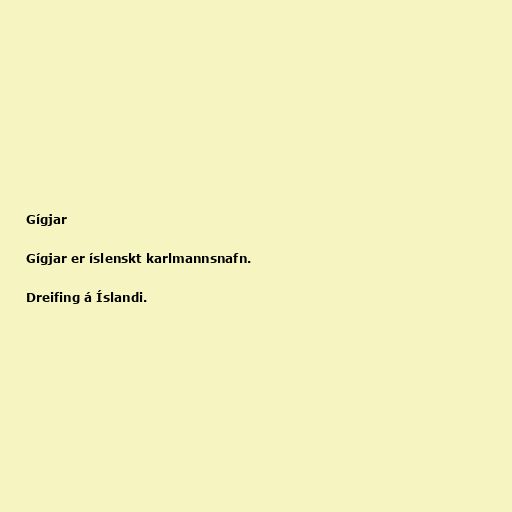
Gígjar

Gígjar er íslenskt karlmannsnafn.

Dreifing á Íslandi.